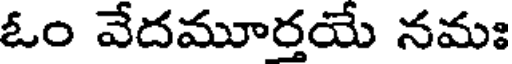
ఓం వేదమూర్తయే నమః